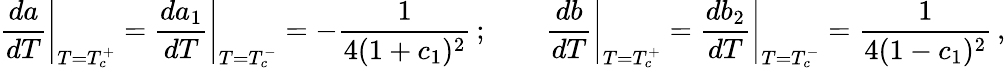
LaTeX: \left.\frac{da}{dT}\right|_{T=T_{c}^{+}}=\left.\frac{da_{1}}{dT}\right|_{T=T_{c}^{-}}=-\frac{1}{4(1+c_{1})^{2}}\, ;\qquad\left.\frac{db}{dT}\right|_{T=T_{c}^{+}}=\left.\frac{db_{2}}{dT}\right|_{T=T_{c}^{-}}=\frac{1}{4(1-c_{1})^{2}}\, ,